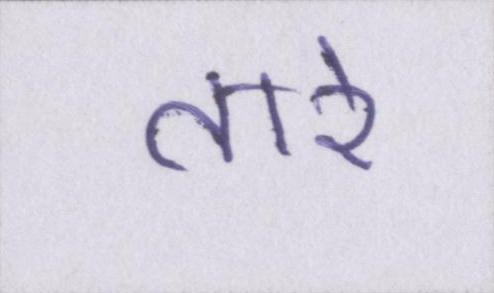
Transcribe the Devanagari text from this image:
तारे